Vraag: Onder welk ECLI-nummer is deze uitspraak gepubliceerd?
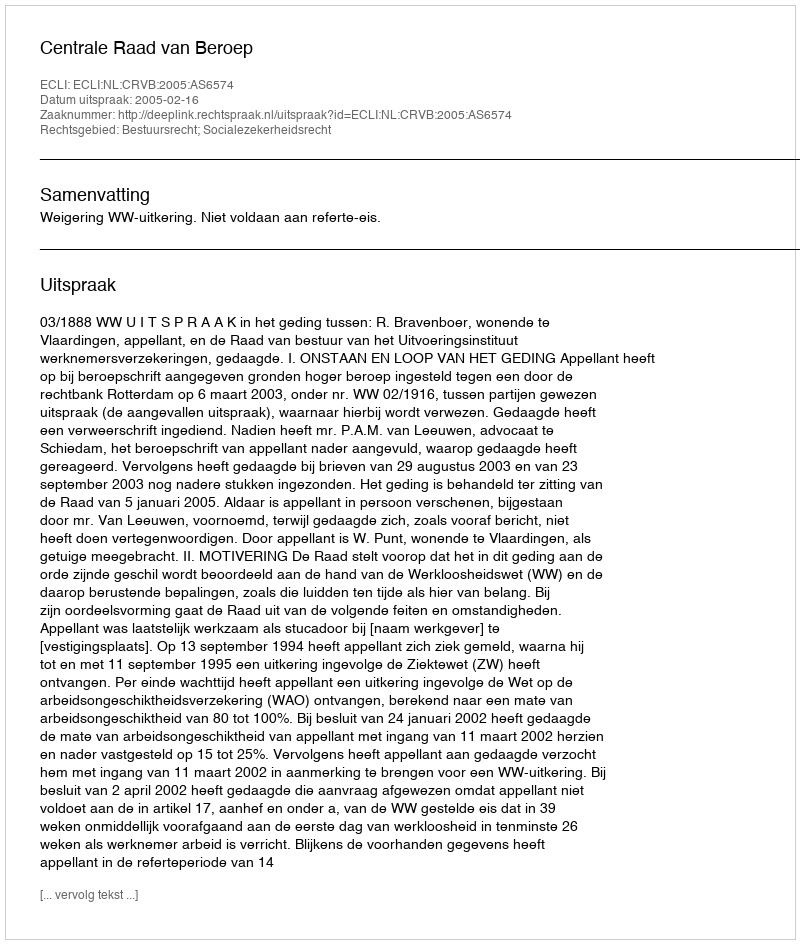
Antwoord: ECLI:NL:CRVB:2005:AS6574